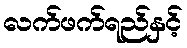
လက်ဖက်ရည်နှင့်